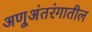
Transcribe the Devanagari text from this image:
अणूअंतरंगातील